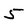
Character: 5